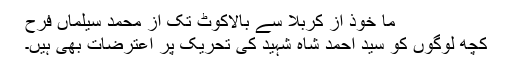
ما خوذ از کربلا سے بالاکوٹ تک از محمد سیلماں فرحّ
کچھ لوگوں کو سید احمد شاہ شہیدؒ کی تحریک پر اعترضات بھی ہیں۔